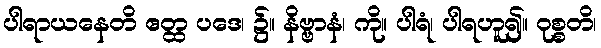
ပါရာယနေတိ ဧတ္ထ ပဒေ၊ ၌။ နိဗ္ဗာနံ၊ ကို။ ပါရံ၊ ပါရဟူ၍။ ဝုစ္စတိ၊